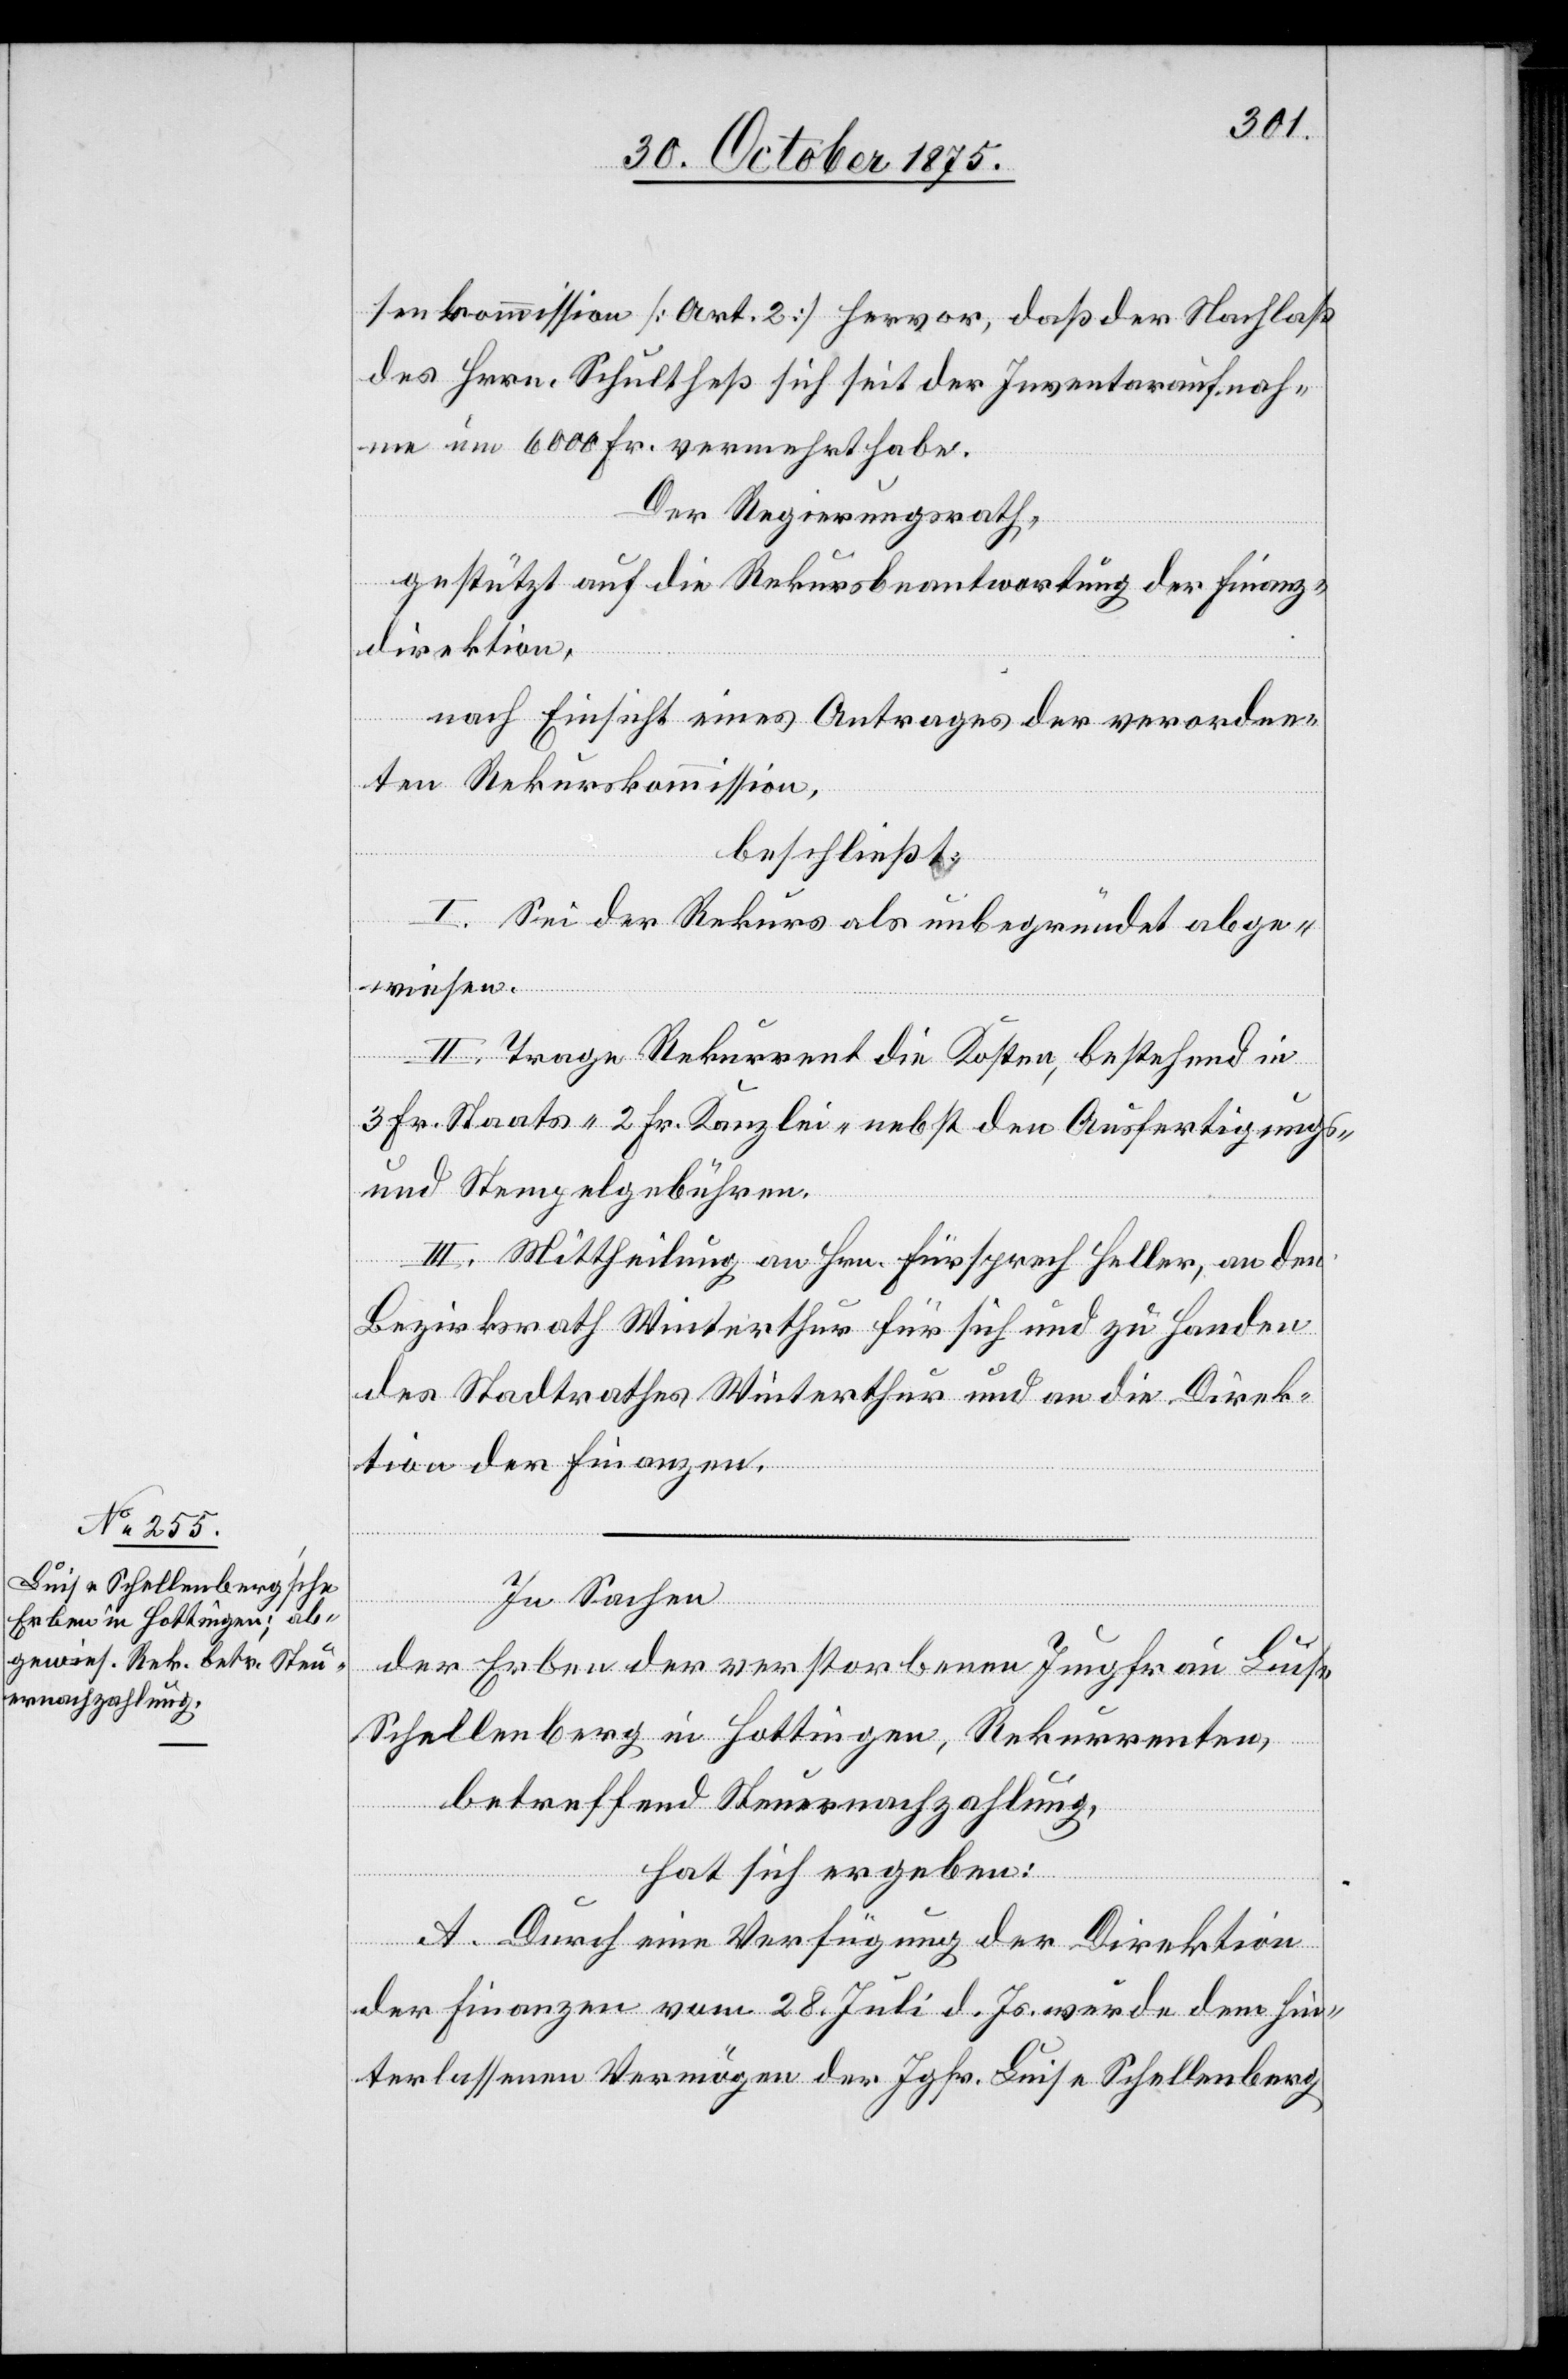
senkommission [Art. 2] hervor, daß der Nachlaß
me um 6000 Fr. vermehrt habe.
Der Regierungsrath,
gestützt auf die Rekursbeantwortung der Finanz¬
direktion,
nach Einsicht eines Antrages der verordne¬
ten Rekurskommission,
beschließt:
I. Sei der Rekurs als unbegründet abge¬
wiesen.
II. Trage Rekurrent die Kosten, bestehend in
3 Fr. Staats-[,] 2 Fr. Kanzlei- nebst den Ausfertigungs-
fnah¬
und Stempelgebühren.
III. Mittheilung an Hrn. Fürsprech Heller, an den
Bezirksrath Winterthur für sich und zu Handen
des Stadtrathes Winterthur und an die Direk¬
tion der Finanzen.
In Sachen
der Erben der verstorbenen Jungfrau Luise
Schellenberg in Hottingen, Rekurrenten,
Invent¬
betreffend Steuernachzahlung,
hat sich ergeben:
A. Durch eine Verfügung der Direktion
der Finanzen vom 28. Juli d. Js. wurde dem hin¬
terlassenen Vermögen der Jgfr. Luise Schellenberg